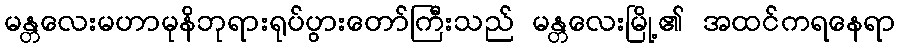
မန္တလေးမဟာမုနိဘုရားရုပ်ပွားတော်ကြီးသည် မန္တလေးမြို့၏ အထင်ကရနေရာ